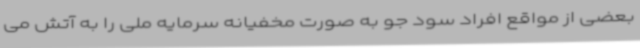
بعضی از مواقع افراد سود جو به صورت مخفیانه سرمایه ملی را به آتش می